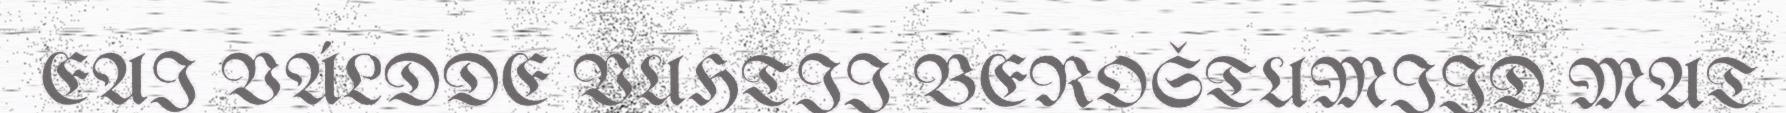
EAI VÁLDDE VUHTII BEROŠTUMIID MAT